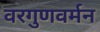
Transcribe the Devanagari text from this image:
वरगुणवर्मन